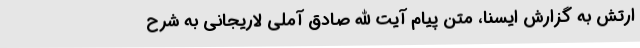
ارتش به گزارش ایسنا، متن پیام آیت الله صادق آملی لاریجانی به شرح